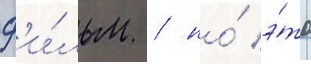
ф'и́льм / но́ э́то